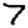
Digit: 7